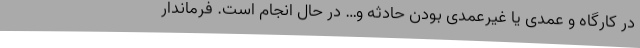
در کارگاه و عمدی یا غیرعمدی بودن حادثه و… در حال انجام است. فرماندار